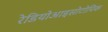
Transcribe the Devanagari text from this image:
रेडियोआइसोटोपिक